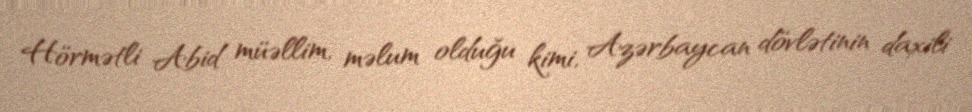
Hörmətli Abid müəllim, məlum olduğu kimi, Azərbaycan dövlətinin daxili